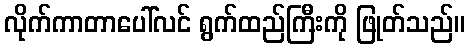
လိုက်ကာတာပေါ်လင် ရွက်ထည်ကြီးကို ဖြုတ်သည်။